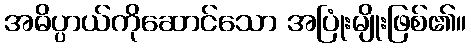
အဓိပ္ပာယ်ကိုဆောင်သော အပြုံးမျိုးဖြစ်၏။